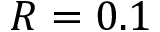
R = 0 . 1